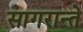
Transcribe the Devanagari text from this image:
सागरान्ते